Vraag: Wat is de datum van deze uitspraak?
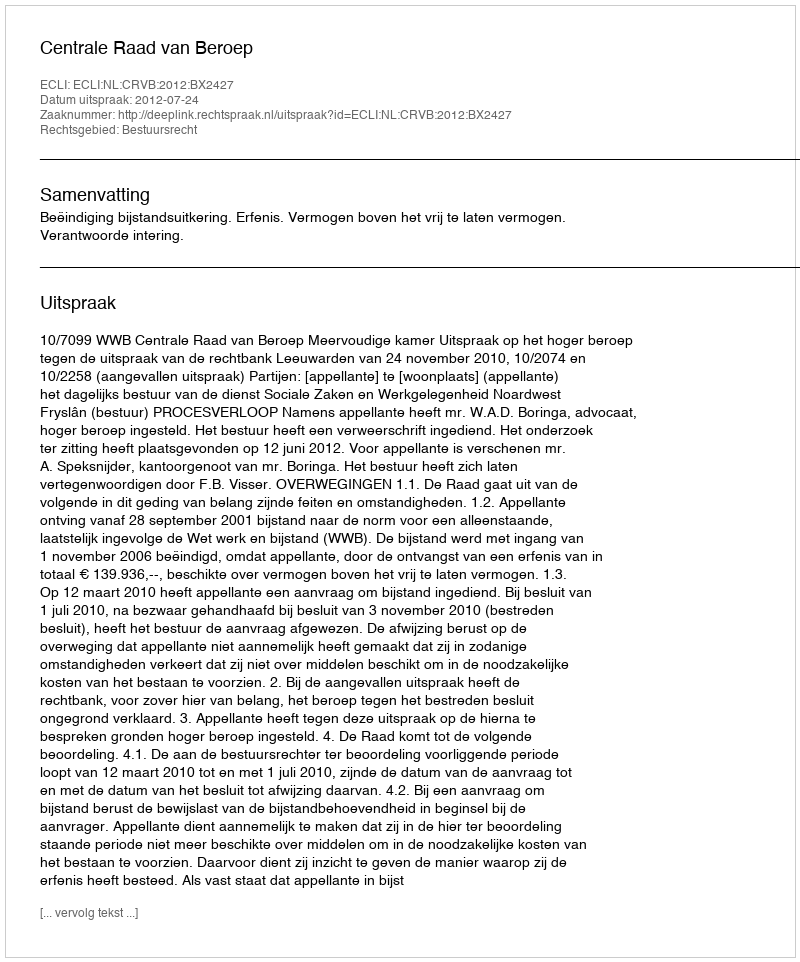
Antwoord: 2012-07-24